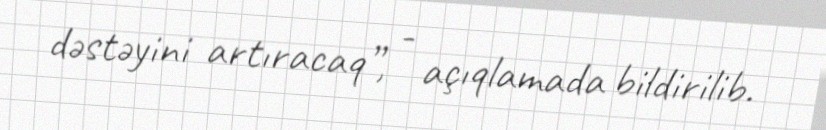
dəstəyini artıracaq”, - açıqlamada bildirilib.